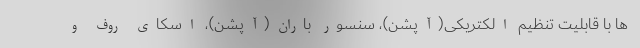
ها با قابلیت تنظیم الکتریکی(آپشن)، سنسور باران(آپشن)، اسکای روف و